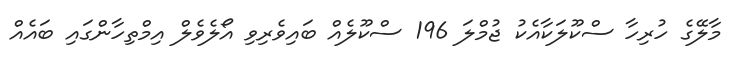
މާލޭގެ ހުރިހާ ސްކޫލަކާއެކު ޖުމްލަ 196 ސްކޫލެއް ބައިވެރިވި އޯލެވެލް އިމްތިހާންގައި ބައެއް